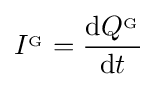
I^{_{\mathrm {G} }}={\frac {\mathrm {d} Q^{_{\mathrm {G} }}}{\mathrm {d} t}}